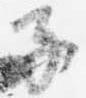
子